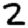
Digit: 2